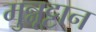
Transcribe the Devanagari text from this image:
मुन्नूट्टान